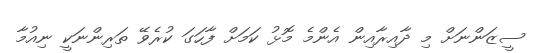
ސީޒަންނަށް މި ދާއިރާއިން އެންމެ މޮޅު ކަމަށް ފާހަގަ ކުރެވޭ ތަރިންނަކީ ނިއުމާ